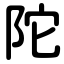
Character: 陀